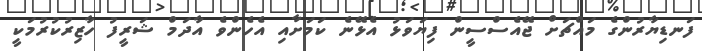
ފަނޑިޔާރުންގެ މައްޗަށް ޖޭއެސްސީން ފިޔަވަޅު އެޅޭނެ ކަމަށާއި އެހެންވެ އާދަމް ޝަރީފު ހާޒިރުކުރުމަކީ